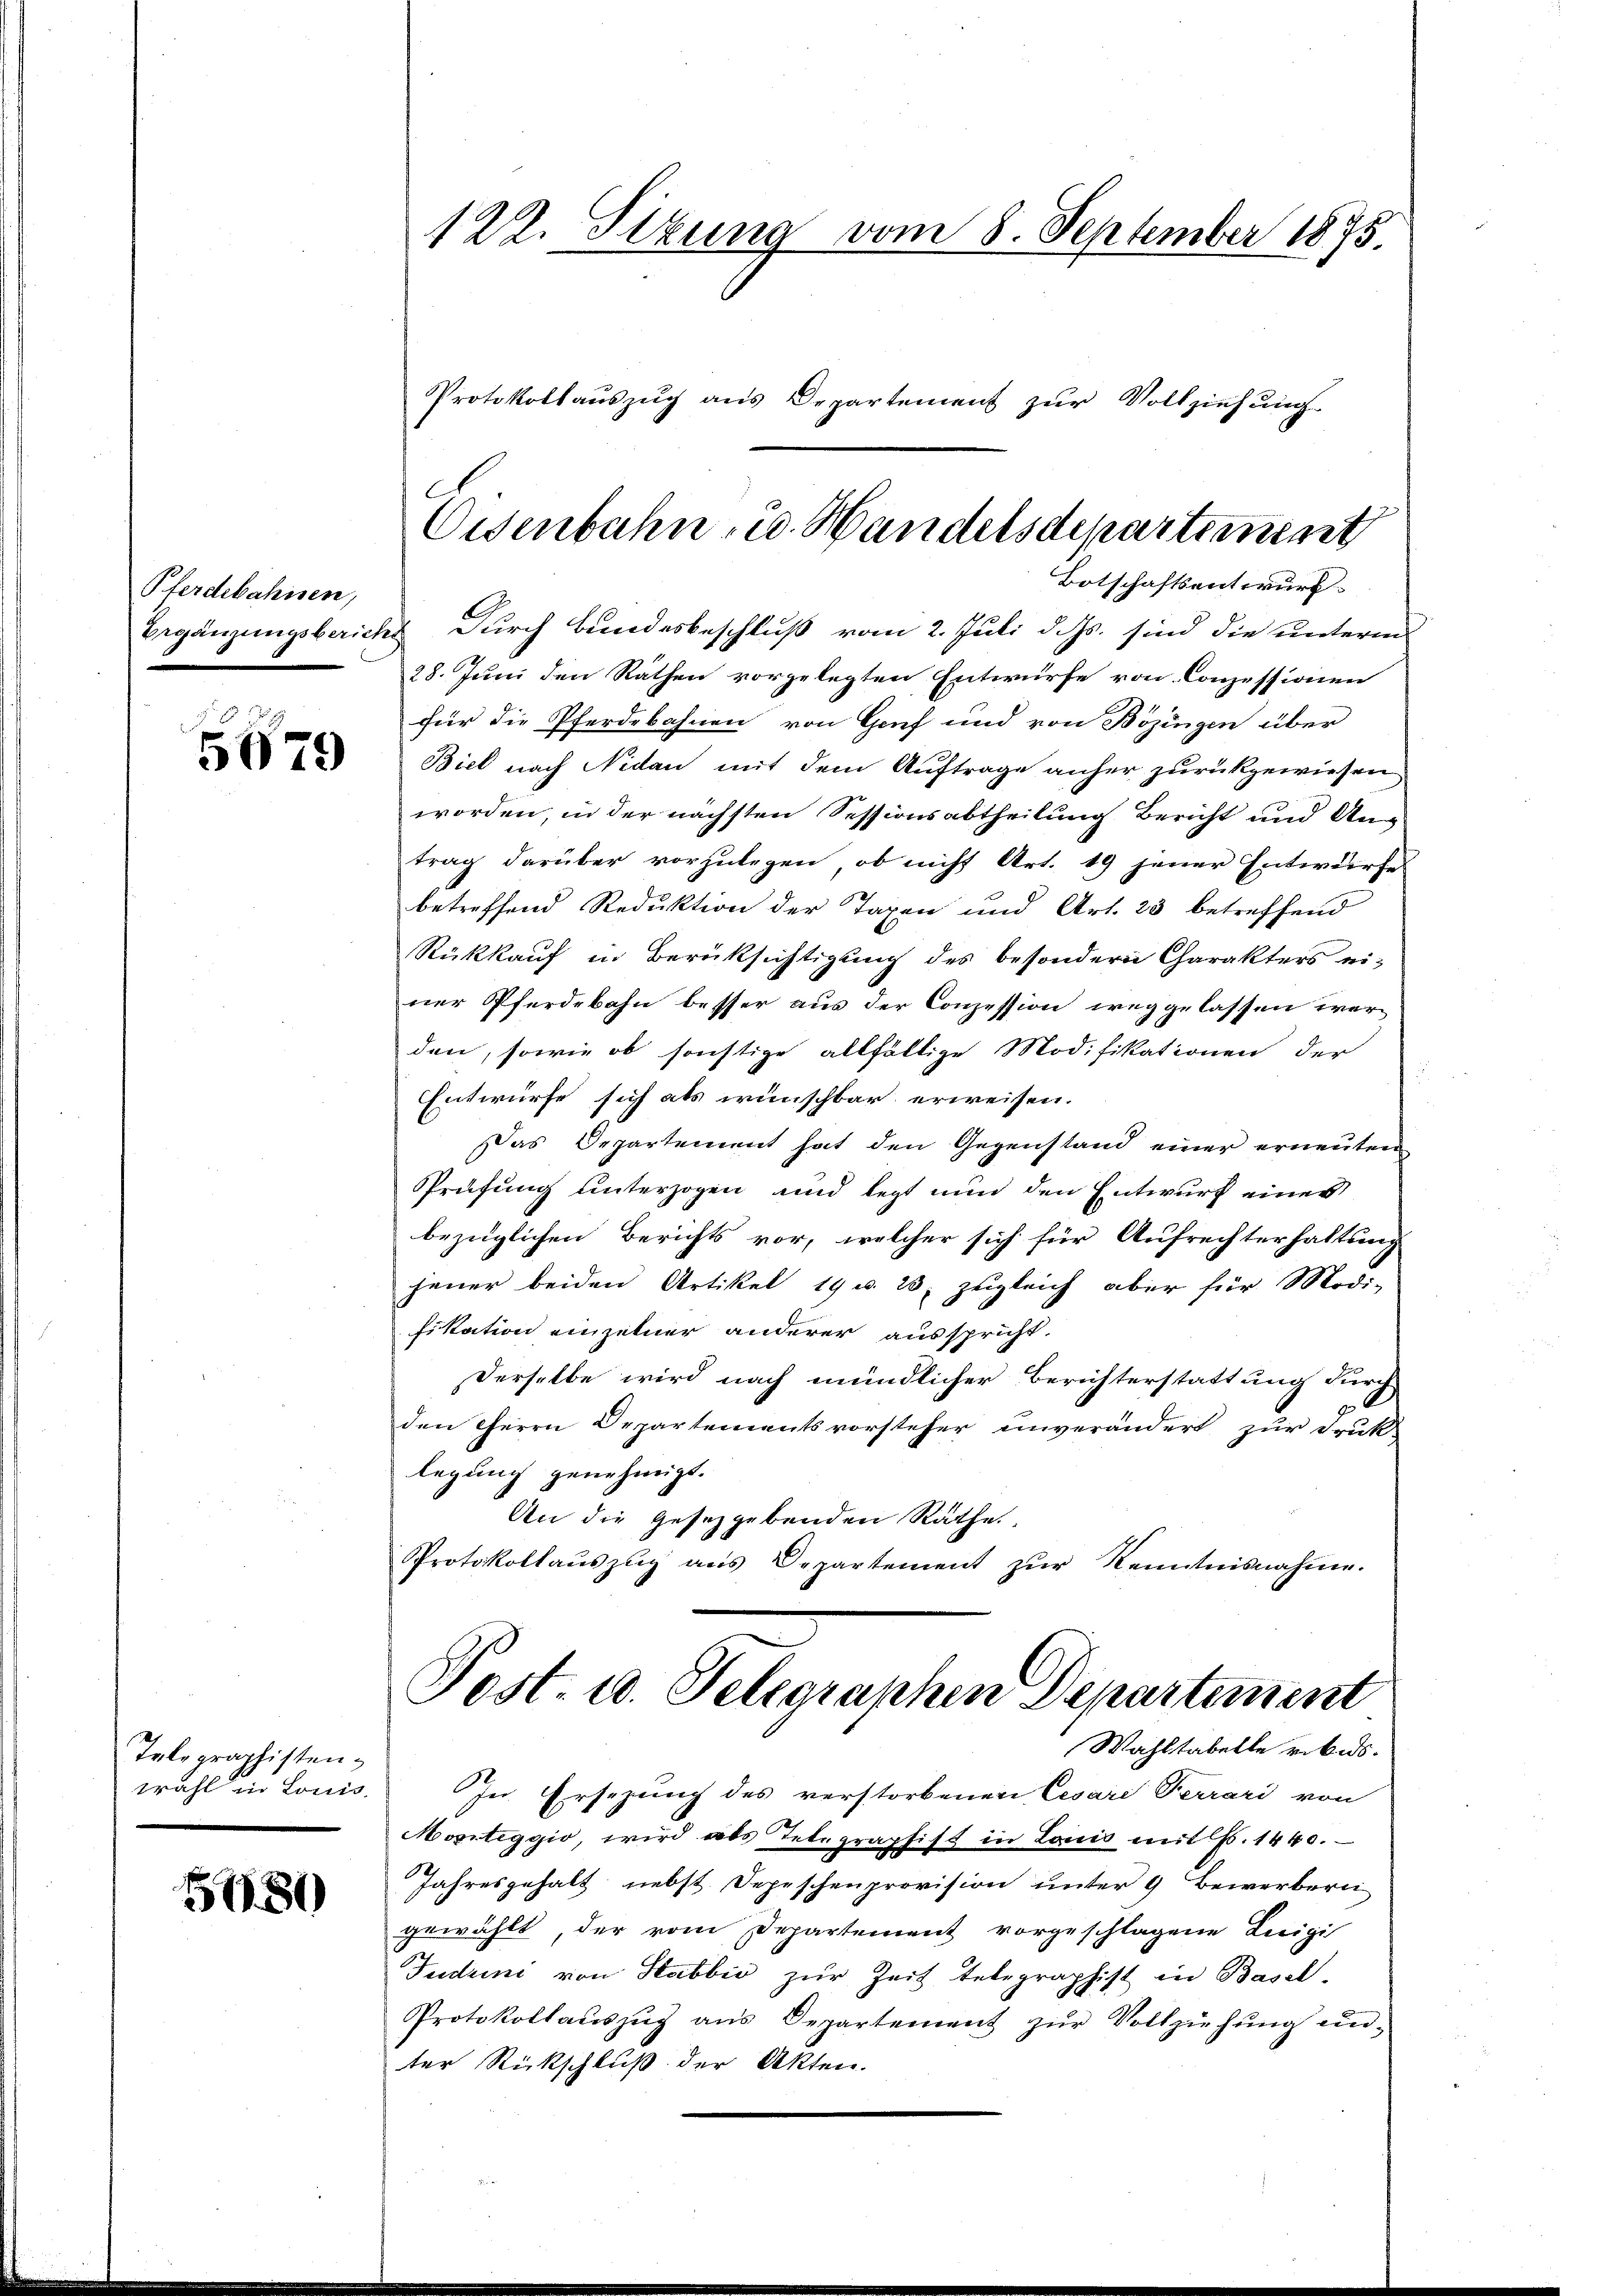
Pferdebahnen,

5679

Telegraphisten
wahl in Louis.

580

122. Sizung vom 8. September 1875.
Protokollaŭszŭg ans Departement zŭr Vollziehŭng

Oisenbahn u. Handelsdepartement
Botschaftsentwurf.

Ergänzungsbericht durch Bundesbeschluß vom 2. Juli d. Js. sind die unterm
28. Juni den Räthen vorgelegten Entwürfe von Conzessionen
für die Pferdebahnen von Genf und von Bözingen über
Biel nach Nidau mit dem Auftrage anher zurückgewiesen
worden, in der nächsten Sessionsabtheilung Bericht und Antrag darüber vorzulegen, ob nicht Art. 19 jener Entwurfes
betreffend Reduktion der Taxen und Art. 23 betreffend
Rückkauf in Berüksichtigung des besondern Charakters einer Pferdebahn besser aus der Conzession weggelassen werden, sowie ob sonstige allfällige Modifikationen der
Entwürfe sich als wünschbar erweisen.
Das Departement hat den Gegenstand einer erneŭten
Prüfung unterzogen und legt nun den Entwurf eines
bezüglichen Berichts vor, welcher sich für Aufrechterhaltung
feuer beiden Artikel 19 u. 23, zugleich aber für Modi-
fikation einzelner anderer ausspricht.
Derselbe wird nach mündlicher Berichterstattung durch
den Herrn Departementsvorsteher unverändert zur Druk-
legung genehmigt.
An die Gesetzgebenden Rathe
Protokollaŭszŭg aŭs Departement zŭr Kenntnisnahme.

Post. 10. Telegraphen Departement
Wahltabelle rekurs.

In Ersezung des verstorbenen Cesare Ferrari von
Moriteggio, wird als Telegraphist in Louis mit Fr. 1440.
Jahresgehalt nebst Depeschenprovision unter 9 Bewerberni
gewählt, der vom Departement vorgeschlagene Leigi
Tudrini von Habbić zur Zeit Telegraphist in Basel-
Protokollauszug aus Departement zur Vollziehung unter Rückschluß der Akten.